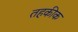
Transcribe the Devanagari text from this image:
तहकीक